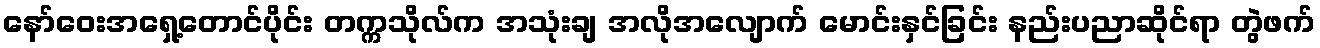
နော်ဝေးအရှေ့တောင်ပိုင်း တက္ကသိုလ်က အသုံးချ အလိုအလျောက် မောင်းနှင်ခြင်း နည်းပညာဆိုင်ရာ တွဲဖက်